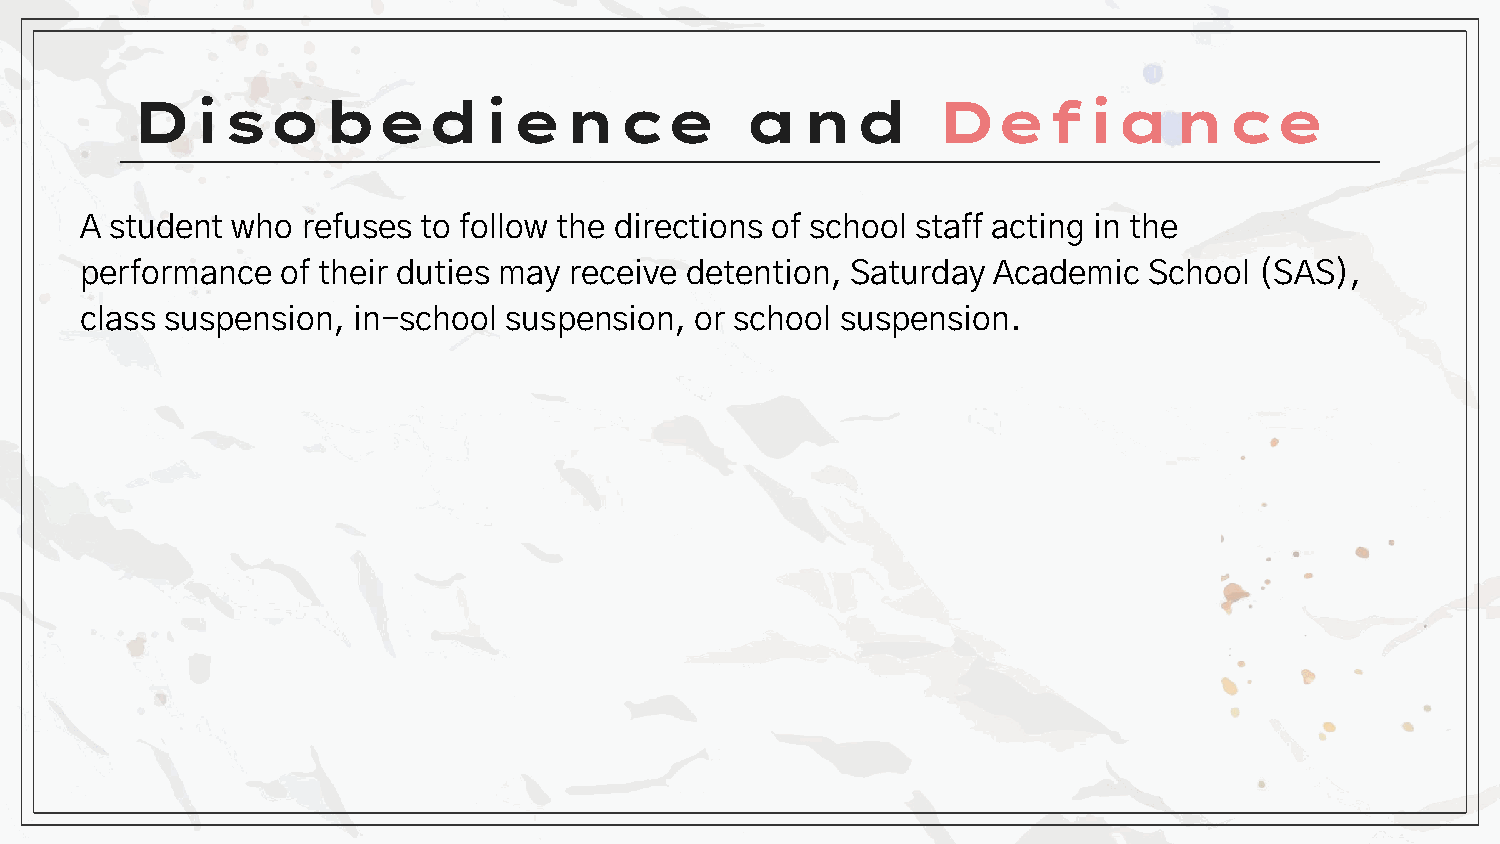
Disobedience                            and          Defiance
 A student who  refuses to follow the directions of school staff acting in the
 performance   of their duties may receive detention, Saturday Academic School (SAS),
 class suspension, in-school suspension,  or school suspension.